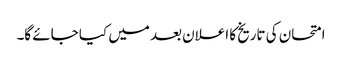
امتحان کی تاریخ کا اعلان بعد میں کیا جائے گا۔